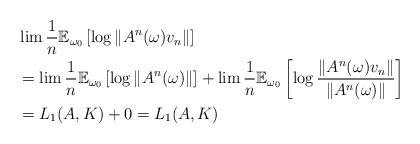
\begin{align*}&\lim \frac{1}{n}\mathbb{E}_{\omega_0} \left[\log\Vert A^n(\omega)v_n \Vert \right]\\&= \lim \frac{1}{n}\mathbb{E}_{\omega_0} \left[\log\Vert A^n(\omega) \Vert \right] + \lim \frac{1}{n}\mathbb{E}_{\omega_0} \left[\log \frac{\Vert A^n(\omega)v_n \Vert}{\Vert A^n(\omega) \Vert} \right]\\&= L_1(A,K) + 0 = L_1(A,K)\end{align*}